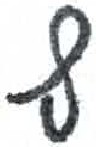
אות: ץ